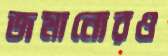
জমানোরও